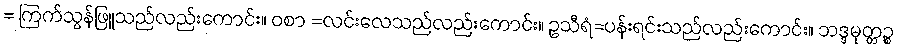
= ကြက်သွန်ဖြူသည်လည်းကောင်း။ ဝစာ =လင်းလေသည်လည်းကောင်း။ ဥသီရံ=ပန်းရင်းသည်လည်းကောင်း။ ဘဒ္ဒမုတ္တဉ္စ